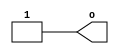
module hardcaml_lib_vdd
(
    output o
);
    assign o = 1'b1;
endmodule